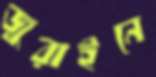
জুরাইনে